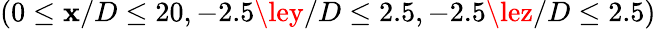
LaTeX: (0\le\mathbf{x}/D\le20,-2.5\ley/D\le2.5,-2.5\lez/D\le2.5)